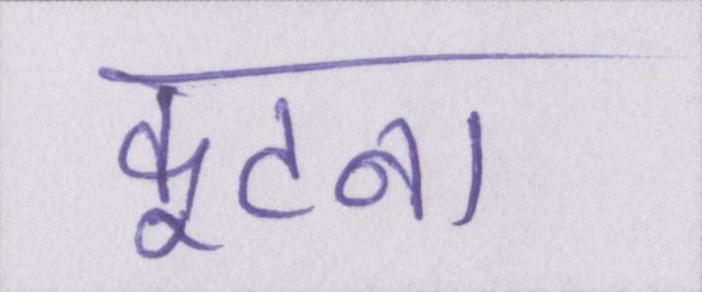
कूटना